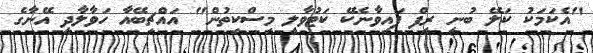
"އެކަމަކު ކަލޭ ބުނީ ރީފް ފައިވާނެކޭ ކަޓުވާލީ މިސްކިތުން" އައްޗިބޭއާ ހަވާލާދީ އޭނާގެ